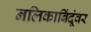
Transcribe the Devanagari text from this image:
नलिकाबिंदूंवर